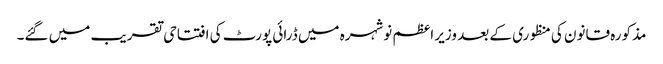
مذکورہ قانون کی منظوری کے بعد وزیر اعظم نوشہرہ میں ڈرائی پورٹ کی افتتاحی تقریب میں گئے۔